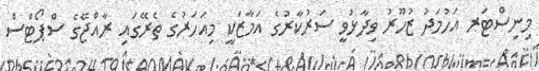
މިނިސްޓަރ އަހުމަދު ޒުހޫރު ވިދާޅުވީ ސަރުކާރުގެ އަމާޒަކީ މިއަހަރުގެ ތެރޭގައި ރާއްޖޭގެ ސްޕޯޓްސް